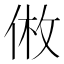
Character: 𪝅